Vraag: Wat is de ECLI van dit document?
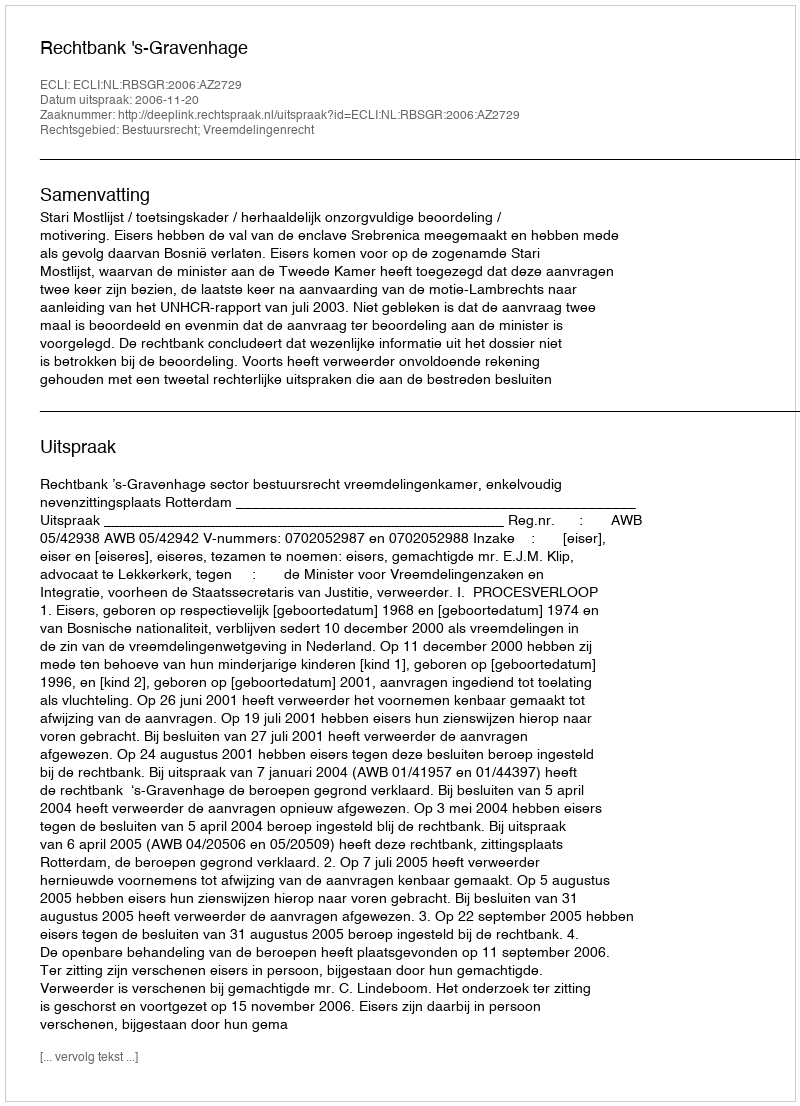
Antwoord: ECLI:NL:RBSGR:2006:AZ2729